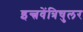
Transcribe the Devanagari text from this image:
इन्त्रवेंत्रिचुलर